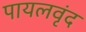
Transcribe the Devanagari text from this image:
पायलवृंद